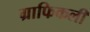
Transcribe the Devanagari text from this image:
ग्राफिकली